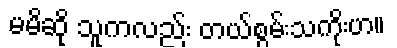
မမိဆို သူကလည်း တယ်စွမ်းသကိုးဟ။